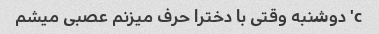
c' دوشنبه وقتی با دخترا حرف میزنم عصبی میشم